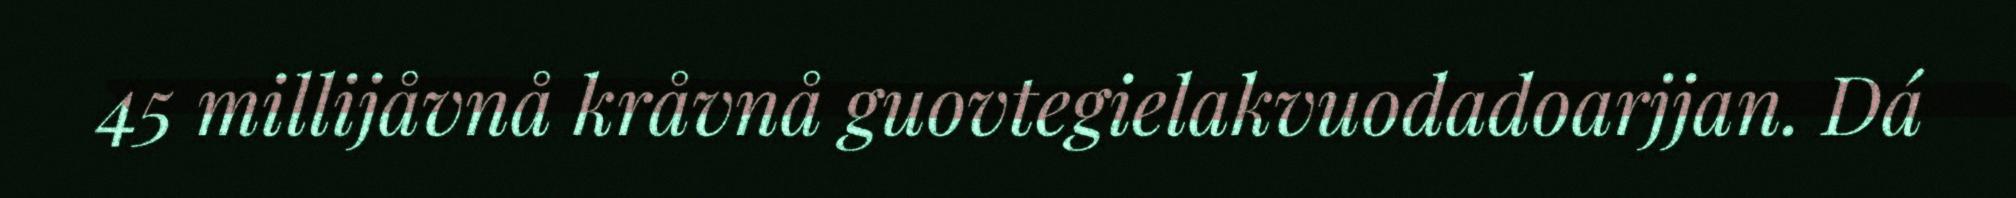
45 millijåvnå kråvnå guovtegielakvuodadoarjjan. Dá